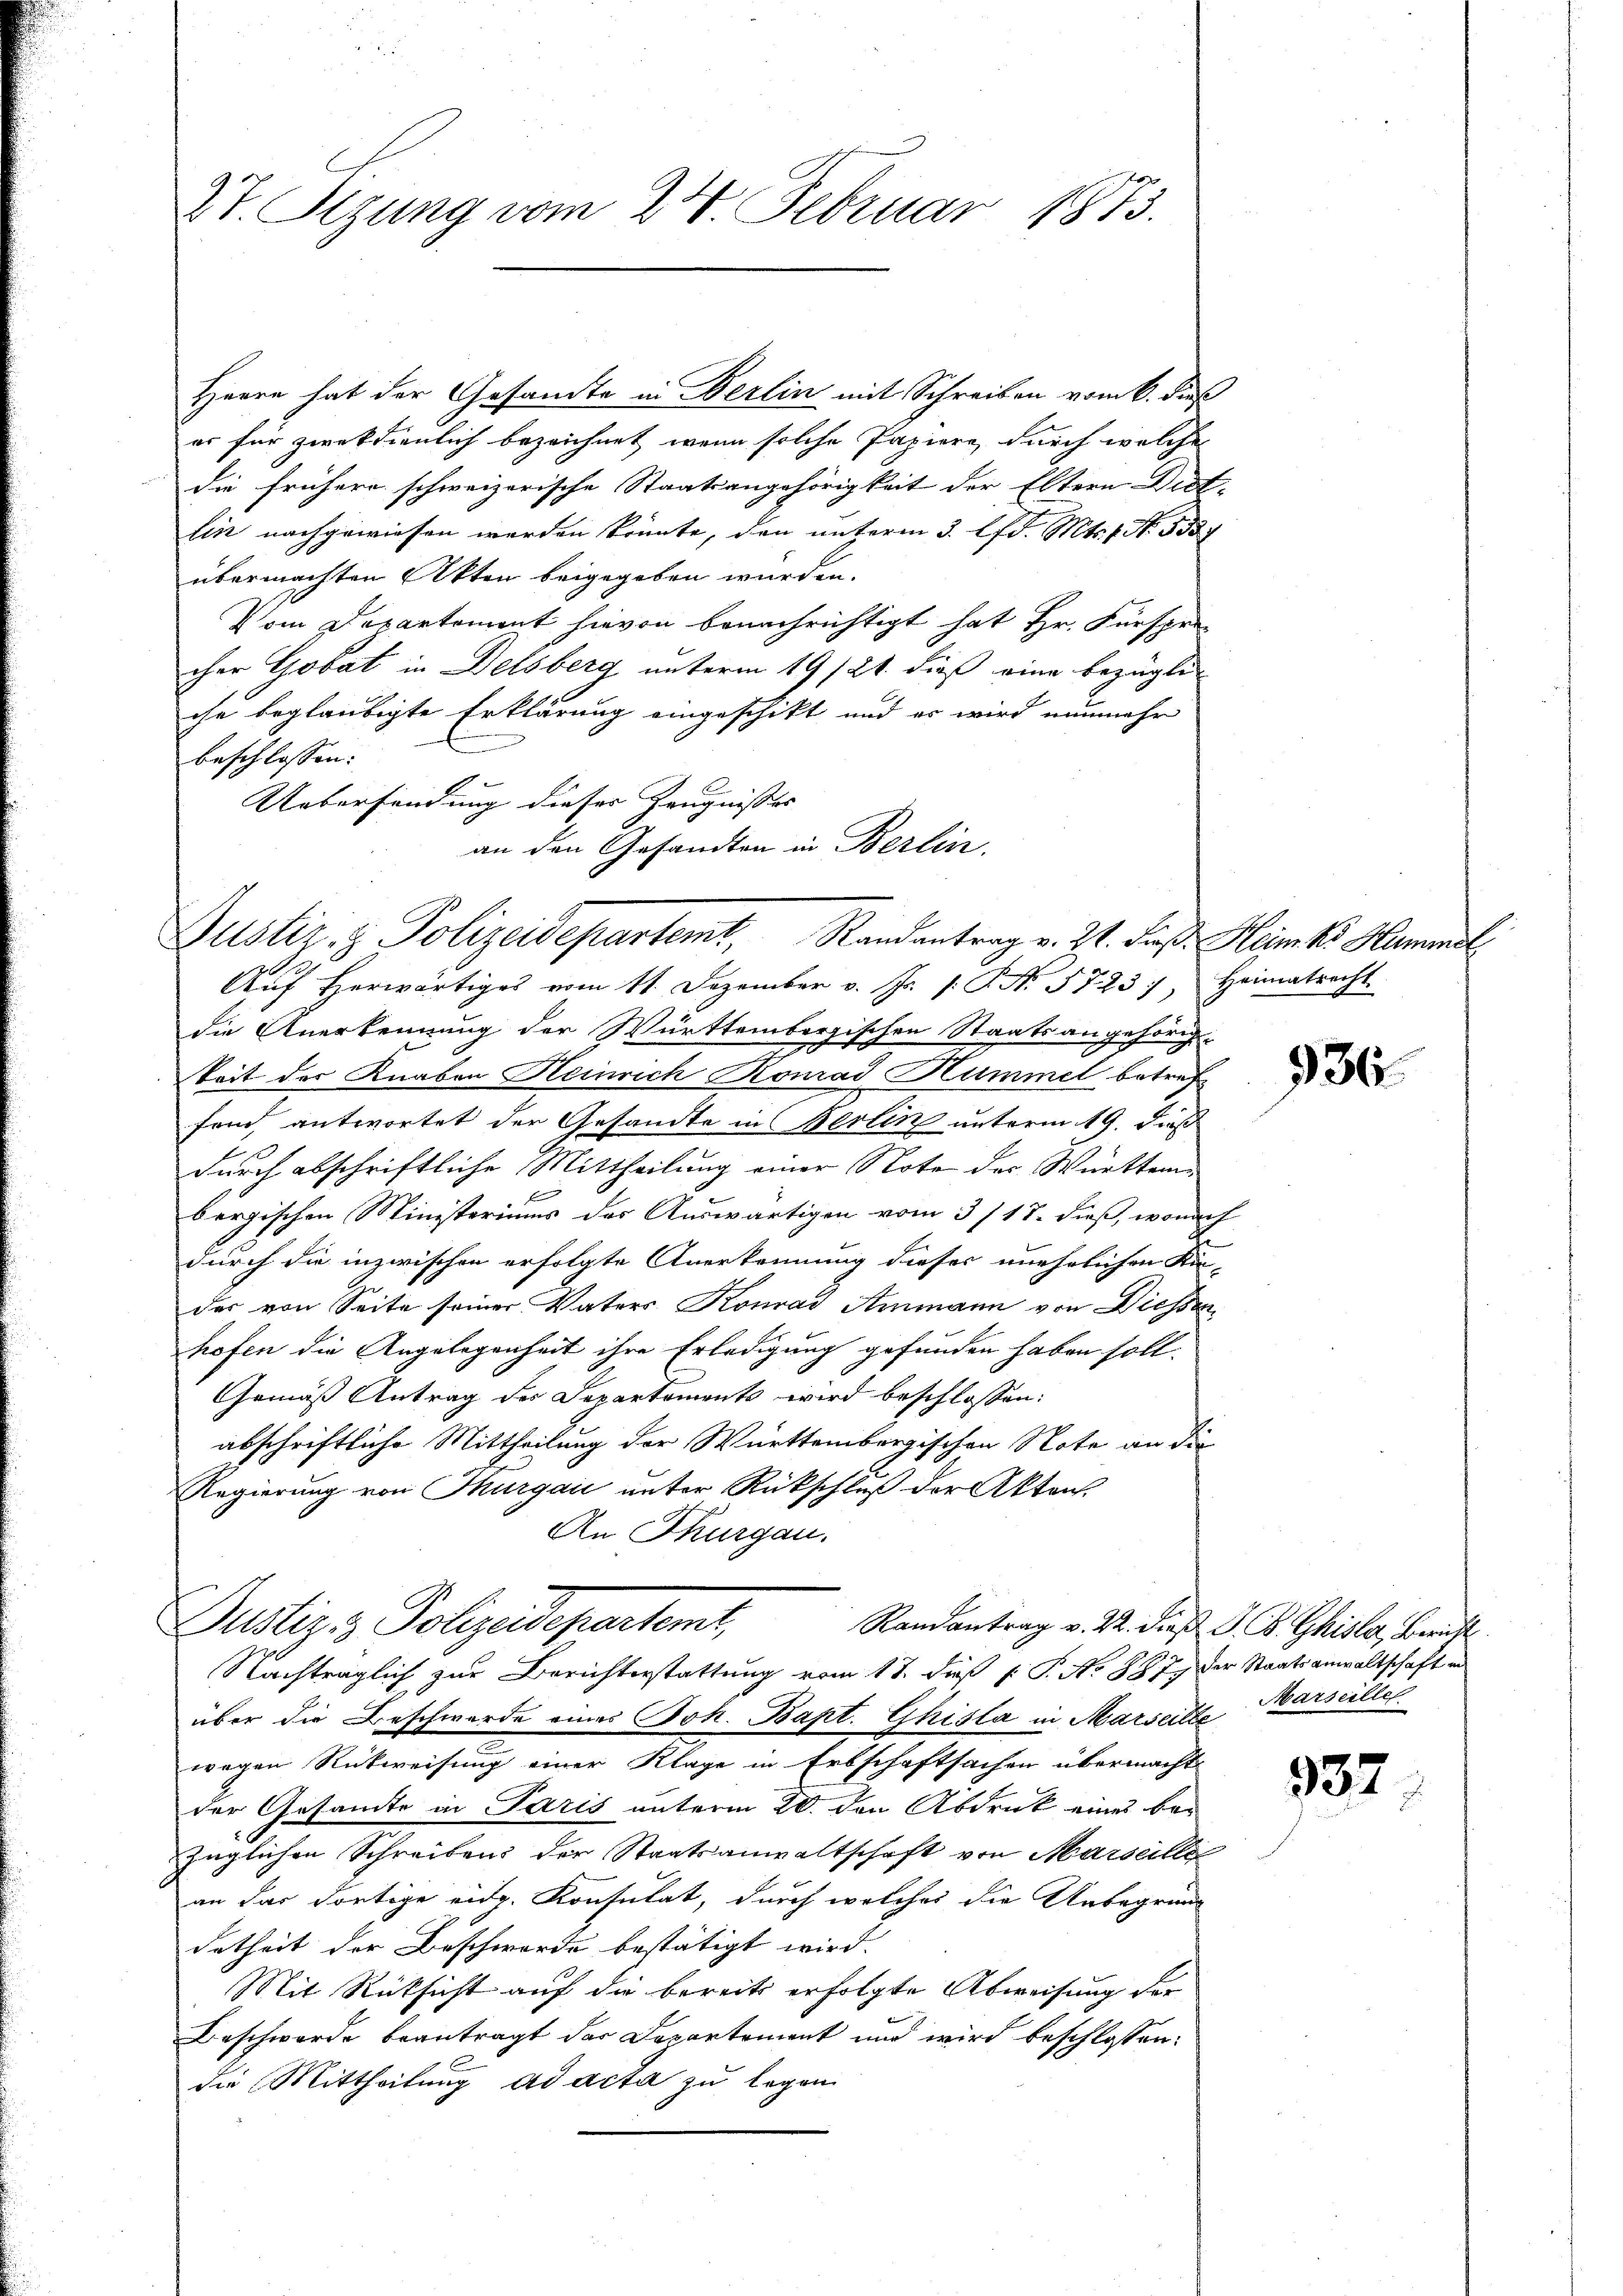
27. Sizung vom 24. Februar 1873.

er für zweckdienlich bezeichnet, wenn solche Papiere, durch welche
die frühere schweizerische Staatsangehörigkeit der Eltern Dict-
lin nachgewiesen werden könnte, den unterm 3. lfd. Mts. 1. 1387
übermachten Akten beigegeben wurden.
Vom Departement hievon benachrichtigt hat Hr. Fürspre
cher Gobat in Delsberg unterm 19/21. dieß eine bezügli
che beglaubigte Erklärung eingeschikt und es wird nunmehr
m
beschlossen:
Uebersendung dieses Zeugnisses |
an den Gesandten in Berlin.

Herrn hat der Gesamte in Berlin mit Schreiben vom 6. dieß

Justiz- & Polizeidepartemt, Randantrag v. 24. Fuß. Hämk Hammel
Aŭf herwärtiges vom 11. Dezember v. Js. s. S. N. 5723), Heimatrecht.

Justiz & Polizeidepartemt,
Nachträglich zur Berichterstattung vom 17. dieß P. P. No 887. der Staatsanwaltschaft in

die Anerkennung der Württembergischen Staatsangehörig
keit der Knaben Heinrich Konrad Hummel betreffand, antwortet der Gesandte in Berlin unterm 19. dieß
durch abschriftliche Mittheilung einer Note der Württem¬
E
bergischen Ministeriums der Auswärtigen vom 3/17. dieß, wonach
durch die inzwischen erfolgte Anerkennung dieses unehelichen Kin-
des von Seite seiner Vaters Konrad Ammann von Diessen
hofen die Angelegenheit ihre Erledigung gefunden haben soll.
Gemäß Antrag des Departements wird beschlossen:
abschriftliche Mittheilung der Württembergischen Note an die
Regierung von Thurgau unter Rückschluß der Akten.
An Thurgau.

über die Beschwerde eines Joh. Bapt. Ghisla in Marseille
wegen Rückweisung einer Klage in Erbschaftsachen übermacht
der Gesamte in Paris unterm 20. den Abdruck eines bei
züglichen Schreiben der Staatsanwaltschaft von Marseille
an dar dortige eidg. Konsulat, durch welches die Unbegründ
detheit der Beschwerde bestätigt wird.
Mit Rücksicht auf die bereits erfolgte Abweisung der
Beschwerde beantragt der Departement und wird beschlossen:
die Mittheilung ad acta zu legen

736

Randantrag v. 22. dieß G. B. Gisler Zürich
Marseillet

332.